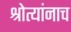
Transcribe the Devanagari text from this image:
श्रोत्यांनाच